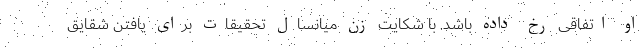
او اتفاقی رخ داده باشد. با شکایت زن میانسال تحقیقات برای یافتن شقایق